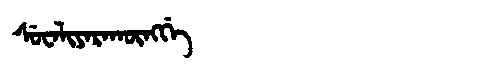
Manchu: ᠰᡠᠸᠠᠯᡳᠶᠠᡵᠠᡴᡡᠩᡤᡝ
Romanization: SUWALIYARAKŪNGGE